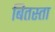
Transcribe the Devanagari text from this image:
बितस्ता